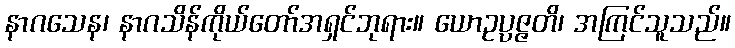
နာဂသေန၊ နာဂသိန်ကိုယ်တော်အရှင်ဘုရား။ ယောဥပ္ပဇ္ဇတိ၊ အကြင်သူသည်။